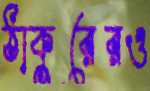
ঠাকুরেরও